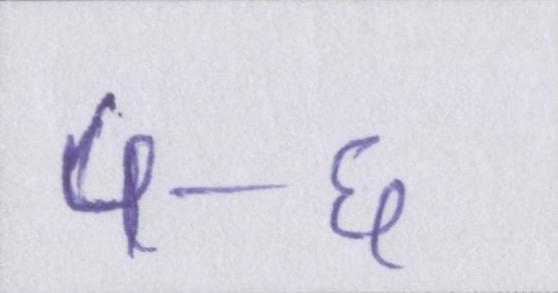
५-६